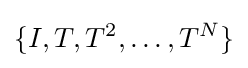
\{I,T,T^{2},\ldots ,T^{N}\}